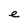
Character: e